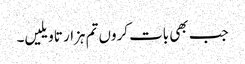
جب بھی بات کروں تم ہزار تاویلیں۔